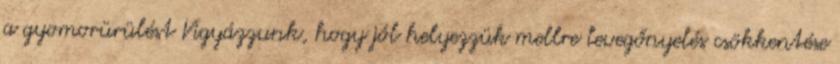
a gyomorürülést Vigyázzunk, hogy jól helyezzük mellre levegőnyelés csökkentése